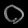
Digit: ၀